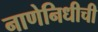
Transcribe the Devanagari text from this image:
नाणेनिधीची